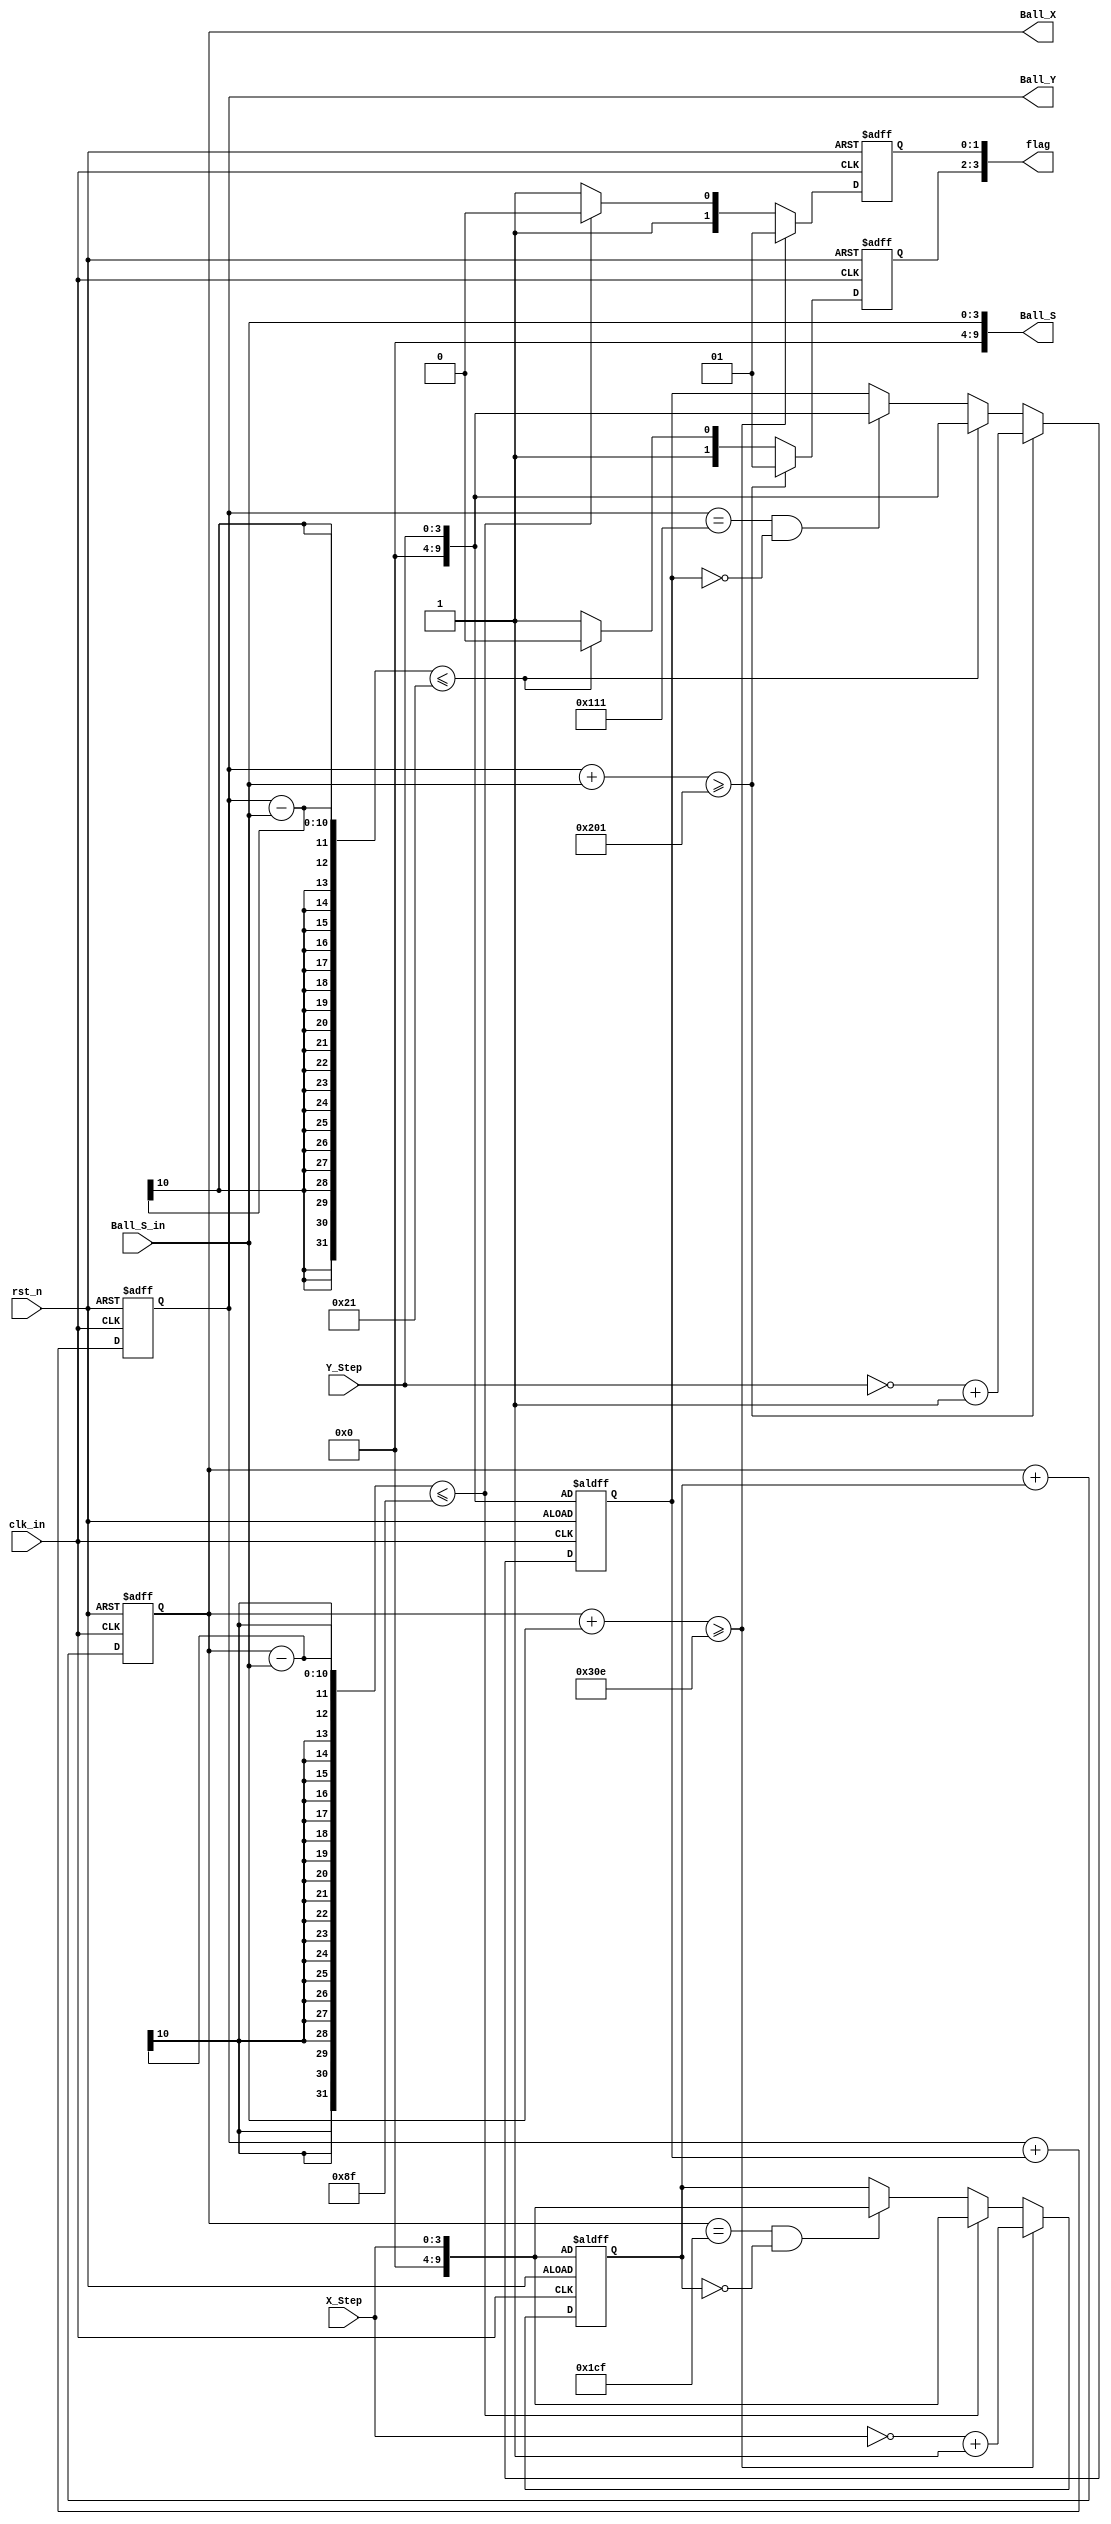
// File_Name  :  Ball.v
// Data       :  2010/4/7
// Auhor      : SuperSun 
// Function   : generate the Ball position
module Ball(
rst_n,
clk_in,
Ball_S_in,
X_Step,
Y_Step,
Ball_X,
Ball_Y,
Ball_S,
flag);

input rst_n;
input clk_in;
input [3:0] Ball_S_in;// input ball size
input [3:0] X_Step;// input x step
input [3:0] Y_Step;// input y step
output [9:0] Ball_X;// ball x cordinate
output [9:0] Ball_Y;// ball y cordinate
output [9:0] Ball_S;// ball size
output [3:0] flag;

//begin at the rising edge of VSyn, so parameters have to be offsetted
parameter Ball_X_Center = 463, Ball_Y_Center = 273;
parameter Ball_X_Min = 143, Ball_Y_Min = 33;
parameter Ball_X_Max = 782, Ball_Y_Max = 513;

//wires and registers
(*keep*) wire[9:0] Ball_S;
reg [9:0] X, Y;
reg [9:0] Ball_X, Ball_Y;
reg [3:0] flag;
 
assign Ball_S = {6'b0,Ball_S_in};

//always@(posedge clk_in or negedge rst_n)
//begin
//   if(!rst_n)
//   begin
//      Ball_X <= Ball_X_Center;
//      Ball_Y <= Ball_Y_Center;
//   end
//   else
//      begin
//      Ball_X <= Ball_X_Center;
//      Ball_Y <= Ball_Y_Center;
//      end
//end
always@(posedge clk_in or negedge rst_n)
begin 
   if(!rst_n)
   begin
      Ball_X <= Ball_X_Center;
      X <= {6'b000000,X_Step};
      flag[1:0] <= 2'b00;
   end 
   else
   begin
      if(Ball_X+Ball_S >= Ball_X_Max)//over right
      begin
        X <=  ~{6'b000000,X_Step}+10'b1;
        flag[1:0] <= 2'b01;
      end
      else 
      begin 
         if(Ball_X-Ball_S <= Ball_X_Min)// over left wrongly written +!!!!!!!!!!!!!!!
         begin
             X <= {6'b000000,X_Step};
             flag[1:0] <= 2'b10;
         end
         else
         begin
             X <= ((Ball_X == Ball_X_Center)&&(X==10'b0))?{6'b000000,X_Step}:X;//bug---------------------------------
             flag[1:0] <= 2'b11;
         end
      end
      Ball_X <= Ball_X + X;
   end   
end 

always@(posedge clk_in or negedge rst_n)
begin 
   if(!rst_n)
   begin
      Ball_Y <= Ball_Y_Center;
      Y <= {6'b000000,Y_Step};
      flag[3:2] <= 2'b00;
   end 
   else
   begin
      if(Ball_Y+Ball_S >= Ball_Y_Max)// over bottom
      begin
        Y <=  ~{6'b000000,Y_Step}+10'b1;
        flag[3:2] <= 2'b01;
      end
      else 
      begin 
         if(Ball_Y-Ball_S <= Ball_Y_Min)//over top
         begin
             Y <= {6'b000000,Y_Step};
             flag[3:2] <= 2'b10;
         end
         else
         begin
             Y <= ((Ball_Y == Ball_Y_Center)&&(Y==10'b0))?{6'b000000,Y_Step}:Y;//bug 
             flag[3:2] <= 2'b11;
         end
      end
      Ball_Y <= Ball_Y + Y;  
   end   
end 
endmodule